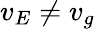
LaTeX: v_{E}\neq v_{g}